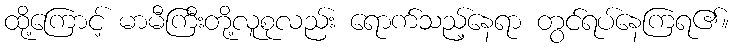
ထို့ကြောင့် မာမီကြီးတို့လူစုလည်း ရောက်သည့်နေရာ တွင်ရပ်နေကြရ၏။